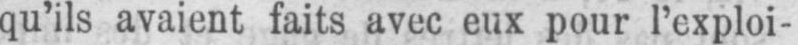
qu’ils avaient faits avec eux pour l’exploi-